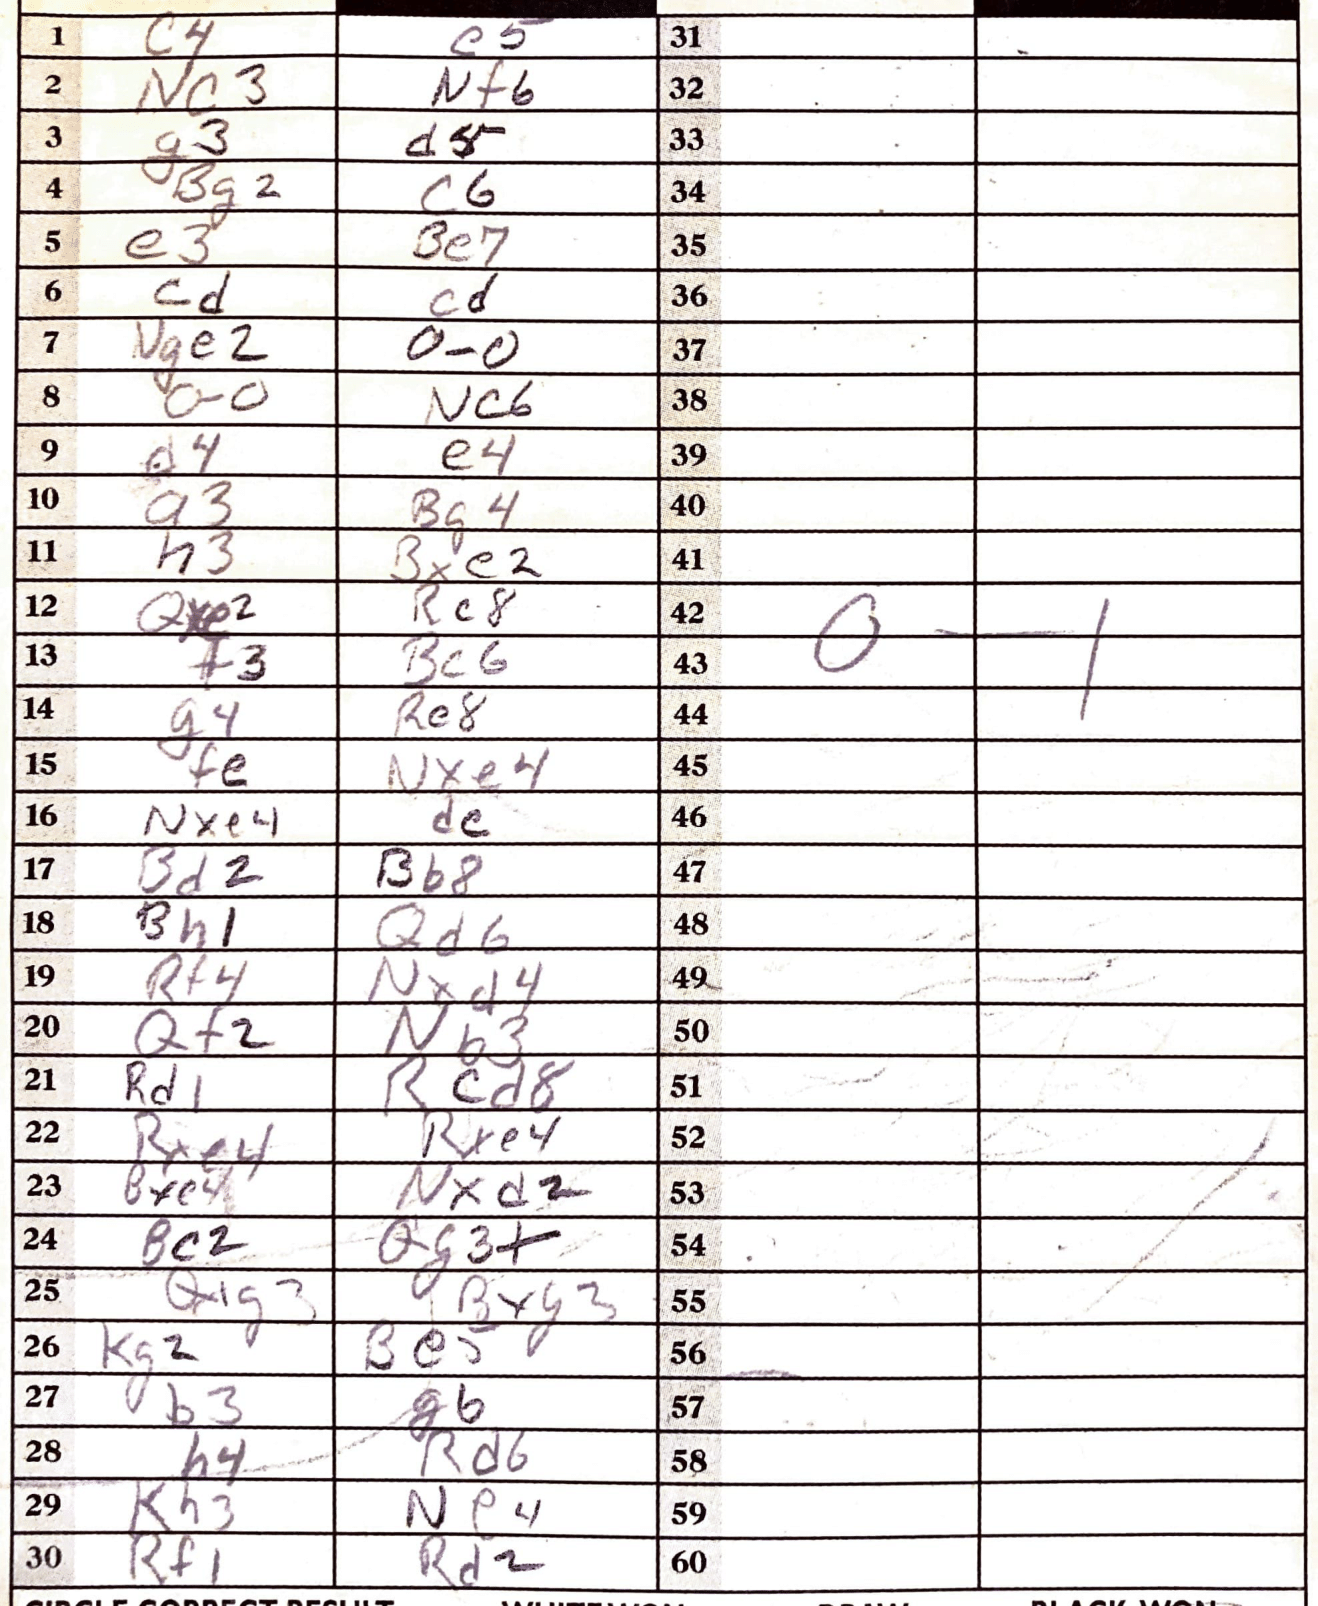
Moves: c4 e5 Nc3 Nf6 g3 d5 Bg2 c6 e3 Be7 cd cd Nge2 O-O O-O Nc6 d4 e4 a3 Bg4 h3 Bxe2 Qxe2 Rc8 f3 Bc6 g4 Re8 fe Nxe4 Nxe4 dc Bd2 Bb8 Bh1 Qd6 Rf4 Nxd4 Qf2 Nb3 Rd1 Rcd8 Rxe4 Rxe4 Bxe4 Nxd2 Bc2 Qg3+ Q1g3 Bxg3 Kg2 Be5 b3 g6 h4 Rd6 Kh3 Ne4 Rf1 Rd2